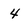
Character: 4